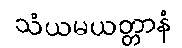
သံယမယတ္တာနံ